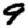
Digit: 9